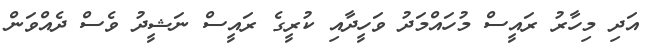
އަދި މިހާރު ރައީސް މުހައްމަދު ވަހީދާއި ކުރީގެ ރައީސް ނަޝީދު ވެސް ދެއްވަން